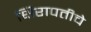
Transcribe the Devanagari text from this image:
क्षिरापतीचे